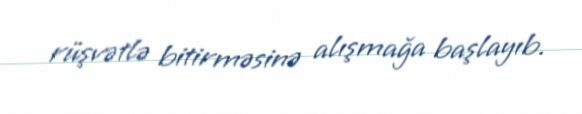
rüşvətlə bitirməsinə alışmağa başlayıb.